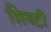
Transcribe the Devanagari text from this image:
सिब्‍टी